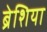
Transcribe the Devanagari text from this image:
ब्रेशिया